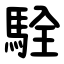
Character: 駩